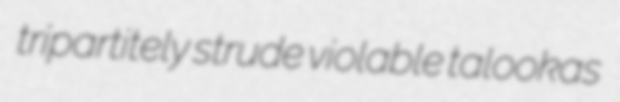
tripartitely strude violable talookas